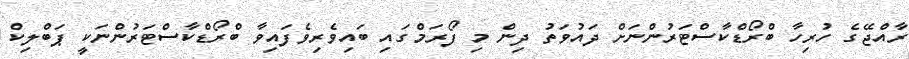
ރާއްޖޭގެ ހުރިހާ ބްރޯޑްކާސްޓަރުންނަށް ދައުވަތު ދިން މި ފޯރަމްގައި ބައިވެރިވެފައިވާ ބްރޯޑްކާސްޓަރުންނަކީ ޕަބްލިކް